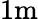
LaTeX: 1\mathrm{m}